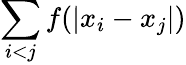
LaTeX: \sum_{i<j}f(|x_{i}-x_{j}|)